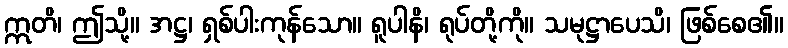
ဣတိ၊ ဤသို့။ အဋ္ဌ၊ ရှစ်ပါးကုန်သော။ ရူပါနိ၊ ရုပ်တို့ကို။ သမုဋ္ဌာပေသိ၊ ဖြစ်စေ၏။